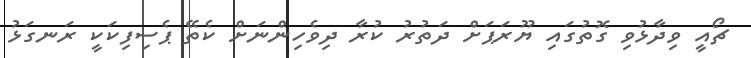
ޗޯއީ ވިދާޅުވި ގޮތުގައި ޔޫރަޕަށް ދަތުރު ކުރާ ދިވެހިންނަށް ކެތޭ ޕެސިފިކަކީ ރަނގަޅު